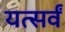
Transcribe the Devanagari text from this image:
यत्सर्वं